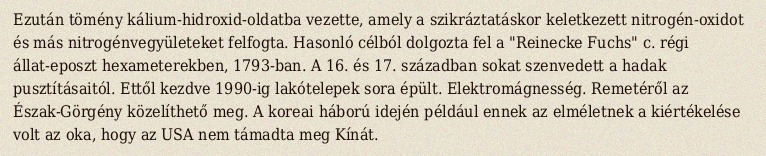
Ezután tömény kálium-hidroxid-oldatba vezette, amely a szikráztatáskor keletkezett nitrogén-oxidot és más nitrogénvegyületeket felfogta. Hasonló célból dolgozta fel a "Reinecke Fuchs" c. régi állat-eposzt hexameterekben, 1793-ban. A 16. és 17. században sokat szenvedett a hadak pusztításaitól. Ettől kezdve 1990-ig lakótelepek sora épült. Elektromágnesség. Remetéről az Észak-Görgény közelíthető meg. A koreai háború idején például ennek az elméletnek a kiértékelése volt az oka, hogy az USA nem támadta meg Kínát.